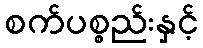
စက်ပစ္စည်းနှင့်